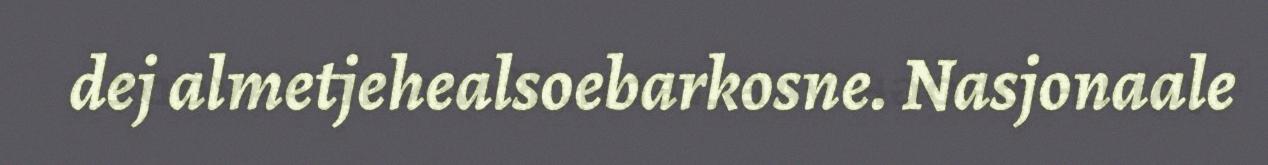
dej almetjehealsoebarkosne. Nasjonaale